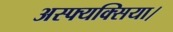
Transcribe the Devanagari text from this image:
अस्फ्यक्सिया।